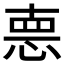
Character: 𢛳